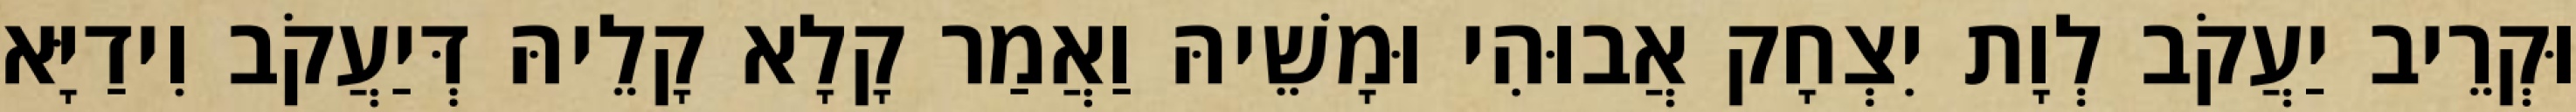
וּקְרֵיב יַעֲקֹב לְוָת יִצְחָק אֲבוּהִי וּמָשֵׁיהּ וַאֲמַר קָלָא קָלֵיהּ דְּיַעֲקֹב וִידַיָּא